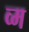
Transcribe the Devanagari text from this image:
व्म